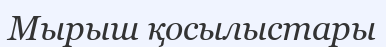
Мырыш қосылыстары